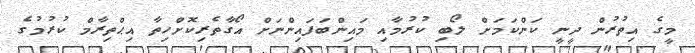
މީގެ އިތުރުން ދީނީ ކަންކަމަށް ލޯބި ކުރުމާއި މައިންބަފައިންނަށް އޯގާތެރިކޮށްހިތާ އިޙްތިރާމް ކުރުމުގެ